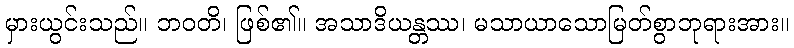
မှားယွင်းသည်။ ဘဝတိ၊ ဖြစ်၏။ အသာဒိယန္တဿ၊ မသာယာသောမြတ်စွာဘုရားအား။